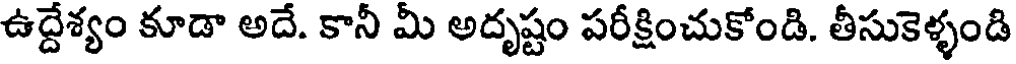
ఉద్దేశ్యం కూడా అదే. కానీ మీ అదృష్టం పరీక్షించుకోండి. తీసుకెళ్ళండి